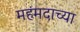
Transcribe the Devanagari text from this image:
महंमदाच्या